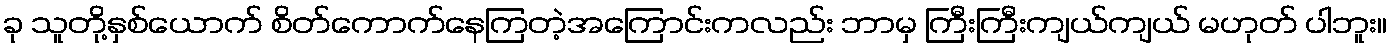
ခု သူတို့နှစ်ယောက် စိတ်ကောက်နေကြတဲ့အကြောင်းကလည်း ဘာမှ ကြီးကြီးကျယ်ကျယ် မဟုတ် ပါဘူး။